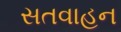
સતવાહન